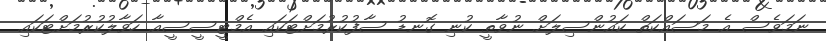
ނަމަވެސް އެ މަސައްކަތް ކައުންސިލަށް ނުވާތީ ކުނި ގޮނޑު ސާފުކުރުމަށްޓަކައި އެމްޓީސީސީއާ ހަވާލުކުރުމަށްޓަކައި